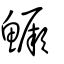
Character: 鱖